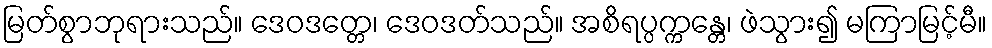
မြတ်စွာဘုရားသည်။ ဒေဝဒတ္တေ၊ ဒေဝဒတ်သည်။ အစိရပ္ပက္ကန္တေ၊ ဖဲသွား၍ မကြာမြင့်မီ။